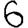
Digit: 6